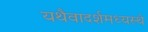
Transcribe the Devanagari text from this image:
यथैवादर्शमध्यस्थे